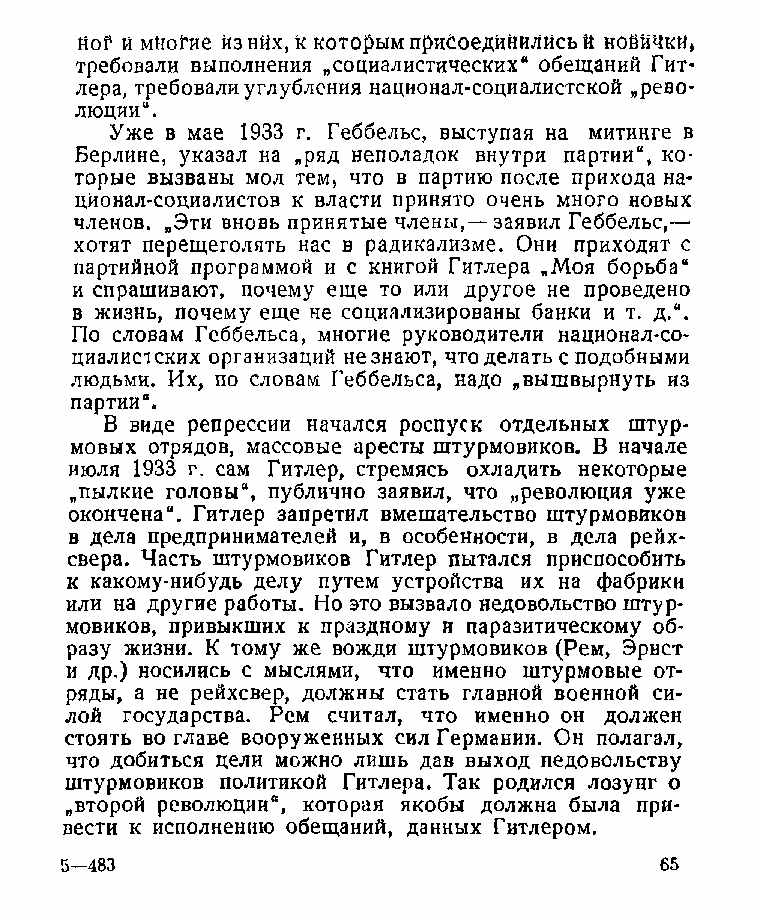
Hof й многие йзнйх, Н которым присоединились й ноййчки»
 требовали выполнения „социалистических“ обещаний Гит­
 лера, требовали углубления национал-социалистской „рево­
 люции“.
 Уже в мае 1933 г. Геббельс, выступая на митинге в
 Берлине, указал на „ряд неполадок внутри партии“, ко­
 торые вызваны мол тем, что в партию после прихода на­
 ционал-социалистов к власти принято очень много новых
 членов. „Эти вновь принятые члены,— заявил Геббельс,—
 хотят перещеголять нас в радикализме. Они приходят с
 партийной программой и с книгой Гитлера „Моя борьба“
 и спрашивают, почему еще то или другое не проведено
 в жизнь, почему еще не социализированы банки и т. д.“.
 По словам Геббельса, многие руководители национал-со­
 циалистских организаций не знают, что делать с подобными
 людьми. Их, по словам Геббельса, надо „вышвырнуть из
 партии“.
 В виде репрессии начался роспуск отдельных штур­
 мовых отрядов, массовые аресты штурмовиков. В начале
 июля 1933 г. сам Гитлер, стремясь охладить некоторые
 „пылкие головы“, публично заявил, что „революция уже
 окончена“. Гитлер запретил вмешательство штурмовиков
 в дела предпринимателей и, в особенности, в дела рейх­
 свера. Часть штурмовиков Гитлер пытался приспособить
 к какому-нибудь делу путем устройства их на фабрики
 или на другие работы. Но это вызвало недовольство штур­
 мовиков, привыкших к праздному и паразитическому об­
 разу жизни. К тому же вожди штурмовиков (Рем, Эрнст
 и др.) носились с мыслями, что именно штурмовые от­
 ряды, а не рейхсвер, должны стать главной военной си­
 лой государства. Рем считал, что именно он должен
 стоять во главе вооруженных сил Германии. Он полагал,
 что добиться цели можно лишь дав выход недовольству
 штурмовиков политикой Гитлера. Так родился лозунг о
 „второй революции“, которая якобы должна была при­
 вести к исполнению обещаний, данных Гитлером.
 5-483                                   65